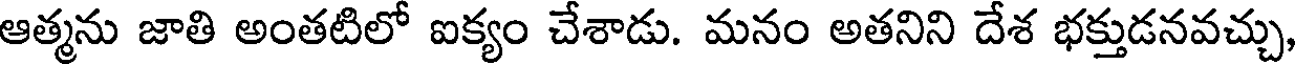
ఆత్మను జాతి అంతటిలో ఐక్యం చేశాడు. మనం అతనిని దేశ భక్తుడనవచ్చు